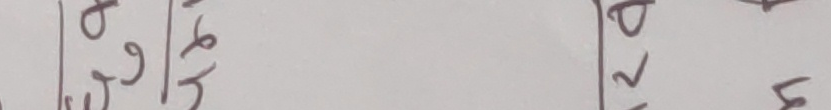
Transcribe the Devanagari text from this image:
अ/३९/५/६|४२।५/५